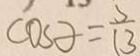
\cos \partial = \frac { 5 } { 1 3 }